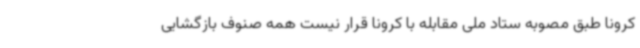
کرونا طبق مصوبه ستاد ملی مقابله با کرونا قرار نیست همه صنوف بازگشایی